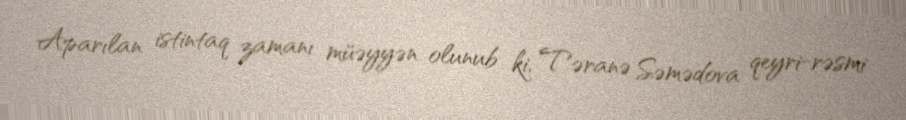
Aparılan istintaq zamanı müəyyən olunub ki, Təranə Səmədova qeyri-rəsmi